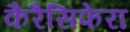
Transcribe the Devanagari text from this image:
कैरैसिफेरा